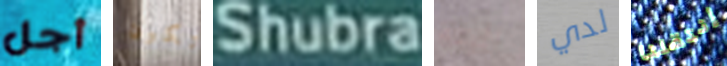
أجل تكون Shubra البتة لدي إنتقلنا